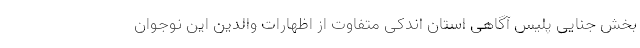
بخش جنایی پلیس آگاهی استان اندکی متفاوت از اظهارات والدین این نوجوان